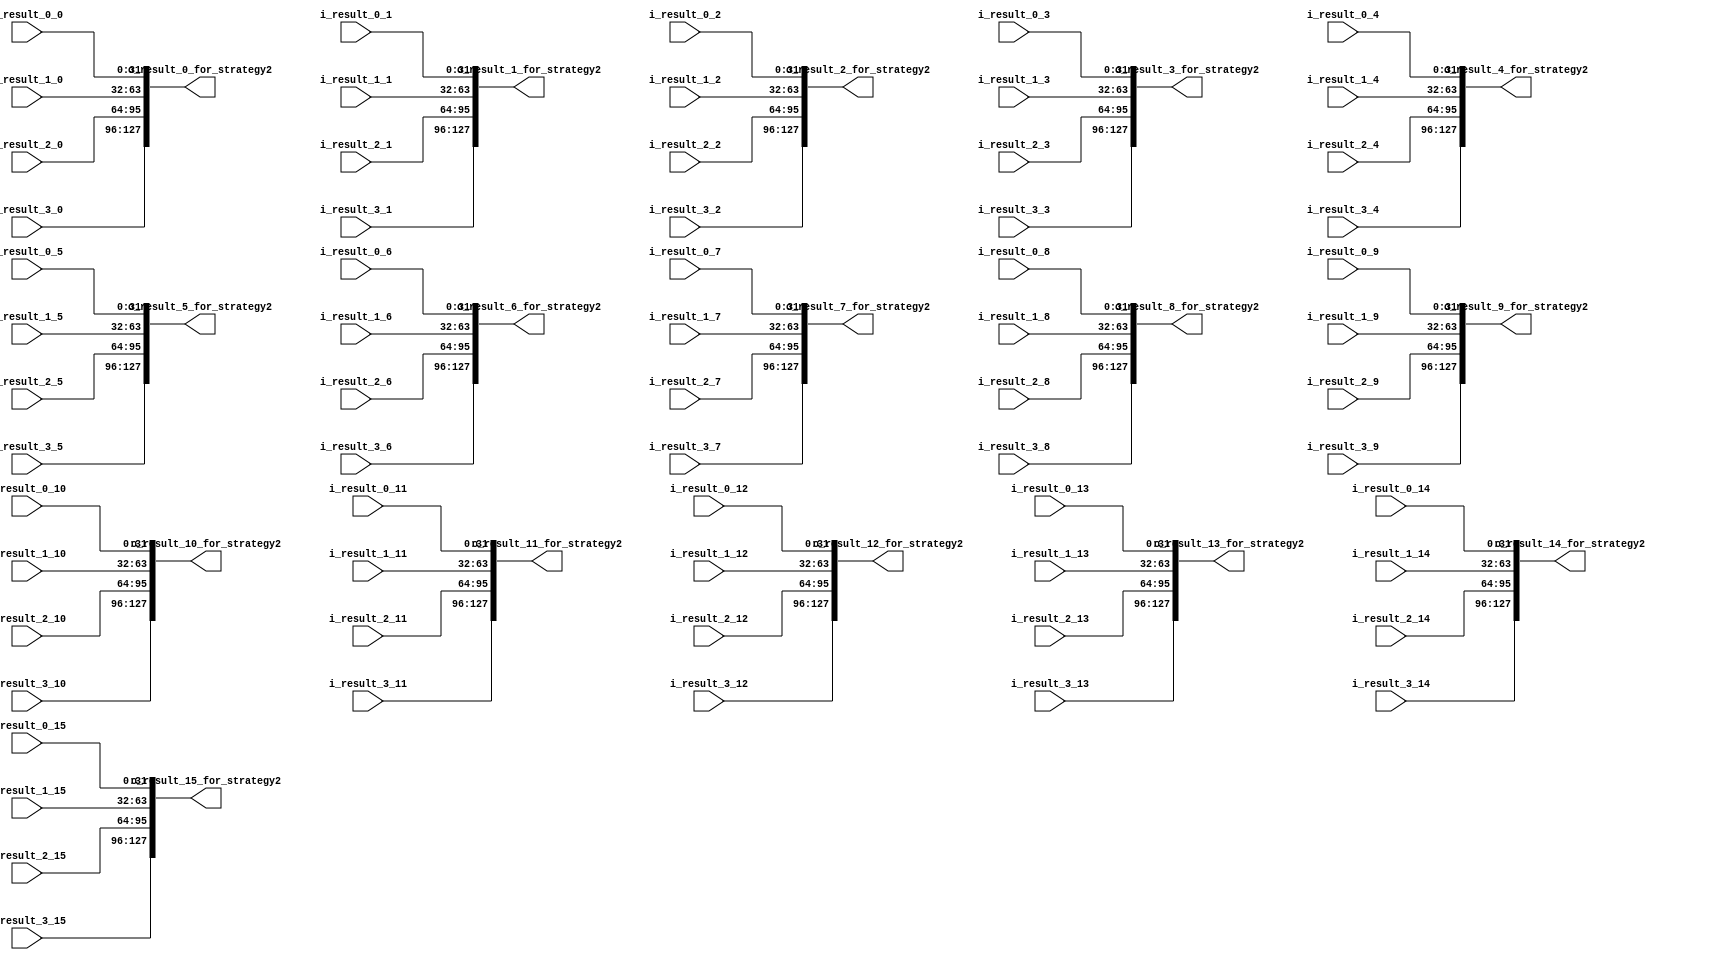
module strategy2_output_combine(
  input [31:0] i_result_0_0,
  input [31:0] i_result_0_1,
  input [31:0] i_result_0_2,
  input [31:0] i_result_0_3,
  input [31:0] i_result_0_4,
  input [31:0] i_result_0_5,
  input [31:0] i_result_0_6,
  input [31:0] i_result_0_7,
  input [31:0] i_result_0_8,
  input [31:0] i_result_0_9,
  input [31:0] i_result_0_10,
  input [31:0] i_result_0_11,
  input [31:0] i_result_0_12,
  input [31:0] i_result_0_13,
  input [31:0] i_result_0_14,
  input [31:0] i_result_0_15,
  input [31:0] i_result_1_0,
  input [31:0] i_result_1_1,
  input [31:0] i_result_1_2,
  input [31:0] i_result_1_3,
  input [31:0] i_result_1_4,
  input [31:0] i_result_1_5,
  input [31:0] i_result_1_6,
  input [31:0] i_result_1_7,
  input [31:0] i_result_1_8,
  input [31:0] i_result_1_9,
  input [31:0] i_result_1_10,
  input [31:0] i_result_1_11,
  input [31:0] i_result_1_12,
  input [31:0] i_result_1_13,
  input [31:0] i_result_1_14,
  input [31:0] i_result_1_15,
  input [31:0] i_result_2_0,
  input [31:0] i_result_2_1,
  input [31:0] i_result_2_2,
  input [31:0] i_result_2_3,
  input [31:0] i_result_2_4,
  input [31:0] i_result_2_5,
  input [31:0] i_result_2_6,
  input [31:0] i_result_2_7,
  input [31:0] i_result_2_8,
  input [31:0] i_result_2_9,
  input [31:0] i_result_2_10,
  input [31:0] i_result_2_11,
  input [31:0] i_result_2_12,
  input [31:0] i_result_2_13,
  input [31:0] i_result_2_14,
  input [31:0] i_result_2_15,
  input [31:0] i_result_3_0,
  input [31:0] i_result_3_1,
  input [31:0] i_result_3_2,
  input [31:0] i_result_3_3,
  input [31:0] i_result_3_4,
  input [31:0] i_result_3_5,
  input [31:0] i_result_3_6,
  input [31:0] i_result_3_7,
  input [31:0] i_result_3_8,
  input [31:0] i_result_3_9,
  input [31:0] i_result_3_10,
  input [31:0] i_result_3_11,
  input [31:0] i_result_3_12,
  input [31:0] i_result_3_13,
  input [31:0] i_result_3_14,
  input [31:0] i_result_3_15,
  output reg [127:0] o_result_0_for_strategy2,
  output reg [127:0] o_result_1_for_strategy2,
  output reg [127:0] o_result_2_for_strategy2,
  output reg [127:0] o_result_3_for_strategy2,
  output reg [127:0] o_result_4_for_strategy2,
  output reg [127:0] o_result_5_for_strategy2,
  output reg [127:0] o_result_6_for_strategy2,
  output reg [127:0] o_result_7_for_strategy2,
  output reg [127:0] o_result_8_for_strategy2,
  output reg [127:0] o_result_9_for_strategy2,
  output reg [127:0] o_result_10_for_strategy2,
  output reg [127:0] o_result_11_for_strategy2,
  output reg [127:0] o_result_12_for_strategy2,
  output reg [127:0] o_result_13_for_strategy2,
  output reg [127:0] o_result_14_for_strategy2,
  output reg [127:0] o_result_15_for_strategy2
);


  always@(*)begin
    o_result_0_for_strategy2  = {i_result_3_0, i_result_2_0, i_result_1_0, i_result_0_0};
    o_result_1_for_strategy2  = {i_result_3_1, i_result_2_1, i_result_1_1, i_result_0_1};
    o_result_2_for_strategy2  = {i_result_3_2, i_result_2_2, i_result_1_2, i_result_0_2};
    o_result_3_for_strategy2  = {i_result_3_3, i_result_2_3, i_result_1_3, i_result_0_3};
    o_result_4_for_strategy2  = {i_result_3_4, i_result_2_4, i_result_1_4, i_result_0_4};
    o_result_5_for_strategy2  = {i_result_3_5, i_result_2_5, i_result_1_5, i_result_0_5};
    o_result_6_for_strategy2  = {i_result_3_6, i_result_2_6, i_result_1_6, i_result_0_6};
    o_result_7_for_strategy2  = {i_result_3_7, i_result_2_7, i_result_1_7, i_result_0_7};
    o_result_8_for_strategy2  = {i_result_3_8, i_result_2_8, i_result_1_8, i_result_0_8};
    o_result_9_for_strategy2  = {i_result_3_9, i_result_2_9, i_result_1_9, i_result_0_9};
    o_result_10_for_strategy2 = {i_result_3_10, i_result_2_10, i_result_1_10, i_result_0_10};
    o_result_11_for_strategy2 = {i_result_3_11, i_result_2_11, i_result_1_11, i_result_0_11};
    o_result_12_for_strategy2 = {i_result_3_12, i_result_2_12, i_result_1_12, i_result_0_12};
    o_result_13_for_strategy2 = {i_result_3_13, i_result_2_13, i_result_1_13, i_result_0_13};
    o_result_14_for_strategy2 = {i_result_3_14, i_result_2_14, i_result_1_14, i_result_0_14};
    o_result_15_for_strategy2 = {i_result_3_15, i_result_2_15, i_result_1_15, i_result_0_15};
  end


endmodule